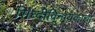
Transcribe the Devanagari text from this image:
सिघ्दीविनायकाची